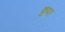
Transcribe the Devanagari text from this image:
कुपर